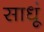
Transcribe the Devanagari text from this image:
साधूं